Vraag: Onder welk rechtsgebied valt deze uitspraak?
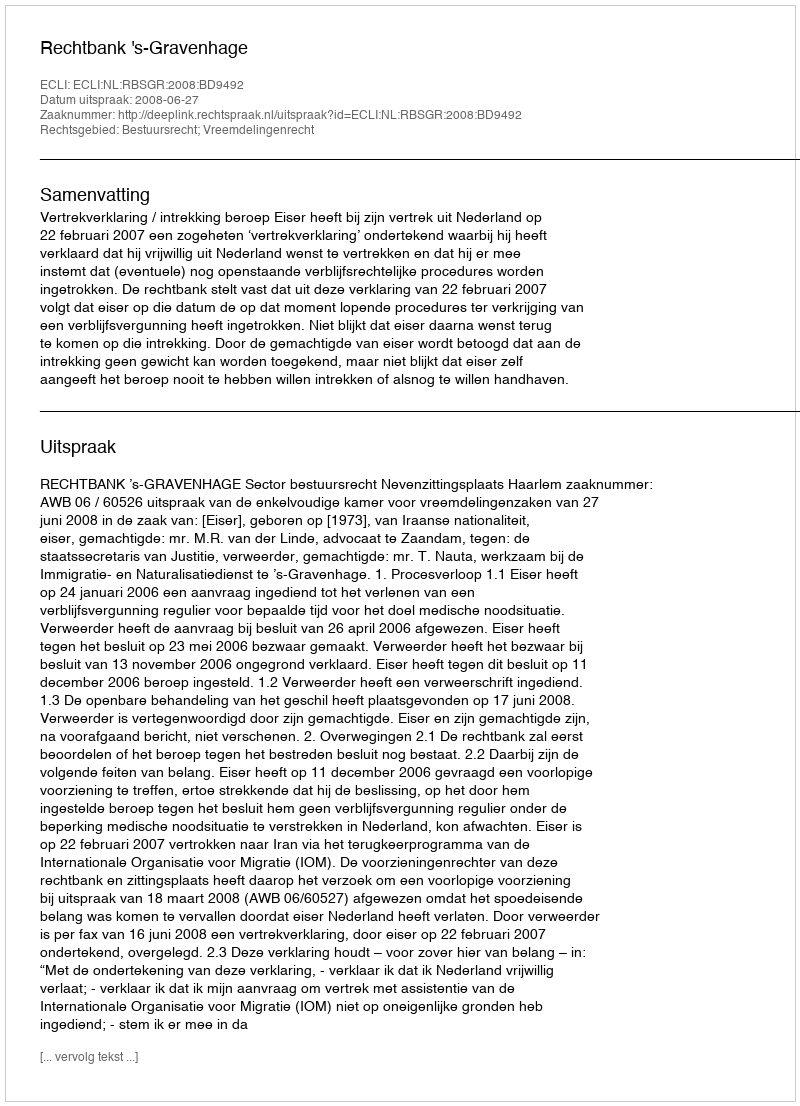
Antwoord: Bestuursrecht; Vreemdelingenrecht